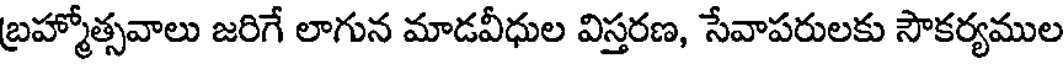
బ్రహ్మోత్సవాలు జరిగే లాగున మాడవీధుల విస్తరణ, సేవాపరులకు సౌకర్యముల